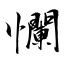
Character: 幱